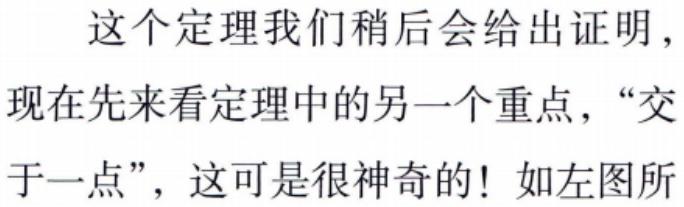
这个定理我们稍后会给出证明，现在先来看定理中的另一个重点，“交于一点”，这可是很神奇的！如左图所